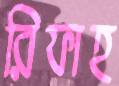
রিফাহ